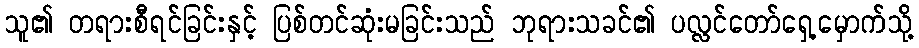
သူ၏ တရားစီရင်ခြင်းနှင့် ပြစ်တင်ဆုံးမခြင်းသည် ဘုရားသခင်၏ ပလ္လင်တော်ရှေ့မှောက်သို့